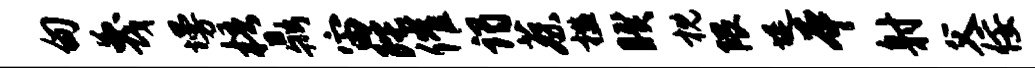
甸蔑墁梧鼎宙陀催谒蔡槛睽枕隈堤本射父佞